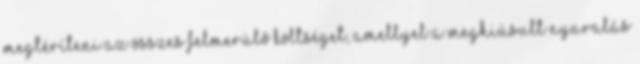
megtéríteni az összes felmerülő költséget, amellyel a meghiúsult nyaralás